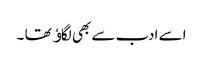
اسے ادب سے بھی لگاﺅ تھا ۔